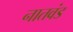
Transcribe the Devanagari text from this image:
नातवंड